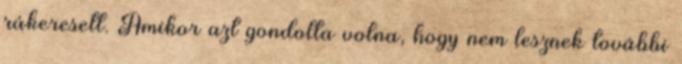
rákeresett. Amikor azt gondolta volna, hogy nem lesznek további